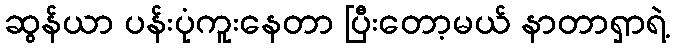
ဆွန်ယာ ပန်းပုံကူးနေတာ ပြီးတော့မယ် နာတာရှာရဲ့